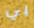
بي